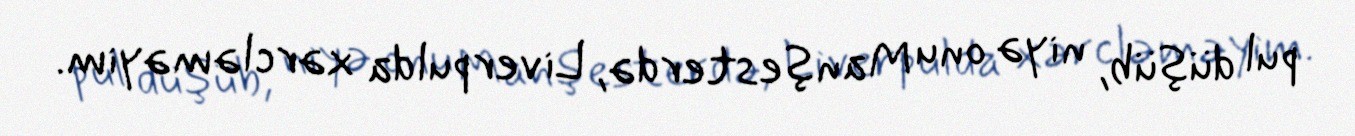
pul düşüb, niyə onu Manşesterdə, Liverpulda xərcləməyim.